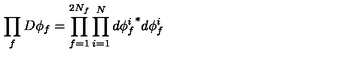
\prod _ { f } D \phi _ { f } = \prod _ { f = 1 } ^ { 2 N _ { f } } \prod _ { i = 1 } ^ { N } d { \phi _ { f } ^ { i } } ^ { * } d \phi _ { f } ^ { i }